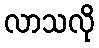
လာသလို